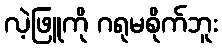
လဲ့ဖြူကို ဂရုမစိုက်ဘူး